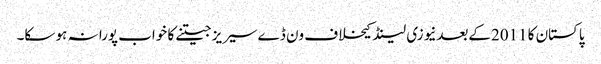
پاکستان کا 2011کےبعدنیوزی لینڈ کیخلاف ون ڈےسیریز جیتنے کا خواب پورا نہ ہو سکا۔